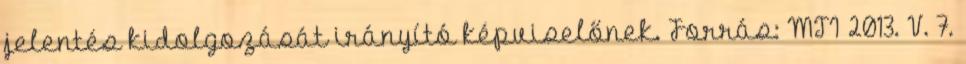
jelentés kidolgozását irányító képviselőnek. Forrás: MTI 2013. V. 7.